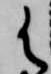
御